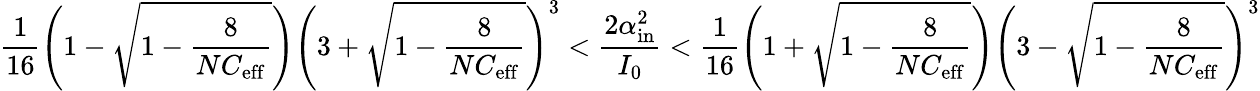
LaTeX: \frac{1}{16}\Bigg(1-\sqrt{1-\frac{8}{NC_{\mathrm{eff}}}}\Bigg)\Bigg(3+\sqrt{1-\frac{8}{NC_{\mathrm{eff}}}}\Bigg)^{3}<\frac{2\alpha_{\mathrm{in}}^{2}}{I_{0}}<\frac{1}{16}\Bigg(1+\sqrt{1-\frac{8}{NC_{\mathrm{eff}}}}\Bigg)\Bigg(3-\sqrt{1-\frac{8}{NC_{\mathrm{eff}}}}\Bigg)^{3}